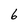
Character: 6